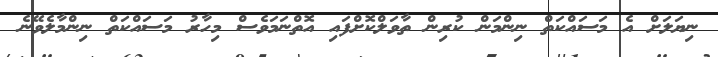
ނިޔަލަށް އެ މަސައްކަތް ނިންމަން ކުރިން ތާވަލްކޮށްފައި އޮތްނަމަވެސް މިހާރު މަސައްކަތް ނިންމާލެވޭނެ